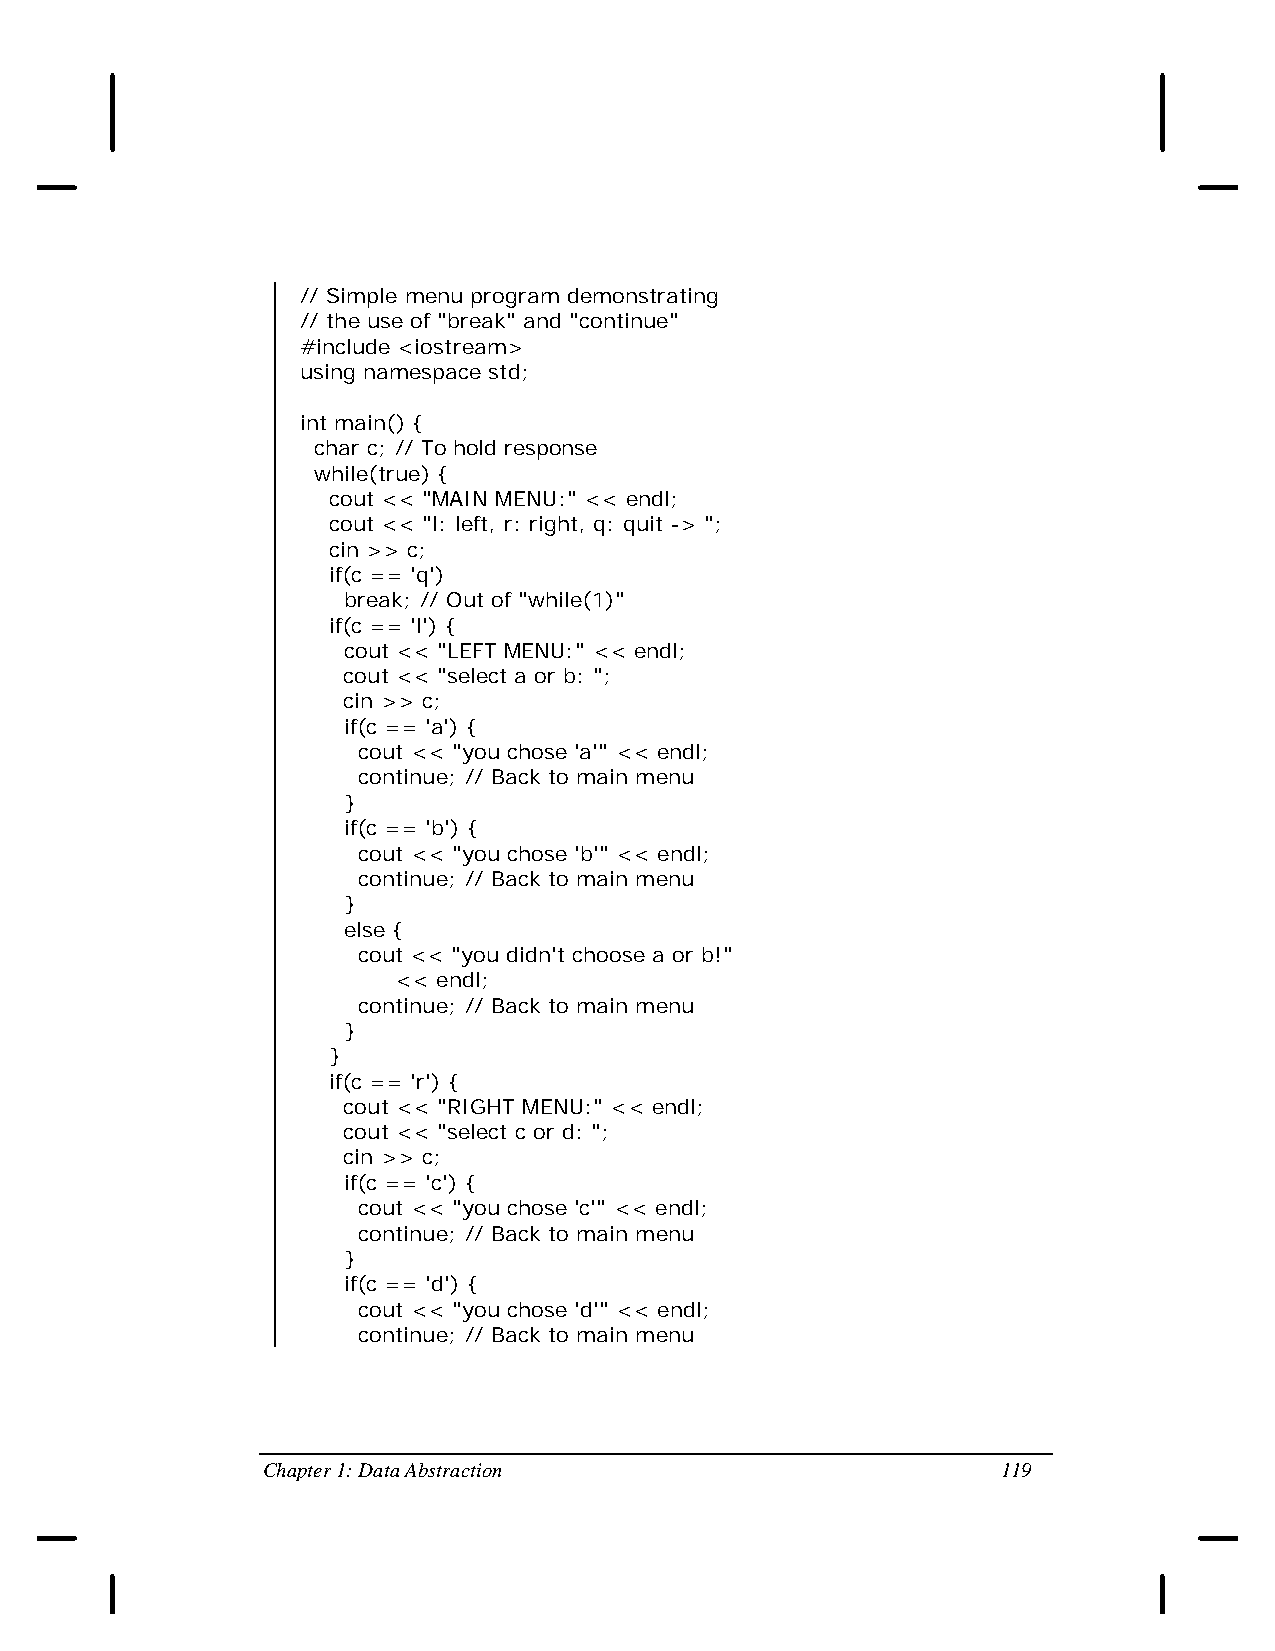
// Simple menu program demonstrating
 // the use of "break" and "continue"
 #include <iostream>
 using namespace std;
 int main() {
 char c; // To hold response
 while(true) {
 cout << "MAIN MENU:" << endl;
 cout << "l: left, r: right, q: quit -> ";
 cin >> c;
 if(c == 'q')
 break; // Out of "while(1)"
 if(c == 'l') {
 cout << "LEFT MENU:" << endl;
 cout << "select a or b: ";
 cin >> c;
 if(c == 'a') {
 cout << "you chose 'a'" << endl;
 continue; // Back to main menu
 }
 if(c == 'b') {
 cout << "you chose 'b'" << endl;
 continue; // Back to main menu
 }
 else {
 cout << "you didn't choose a or b!"
 << endl;
 continue; // Back to main menu
 }
 }
 if(c == 'r') {
 cout << "RIGHT MENU:" << endl;
 cout << "select c or d: ";
 cin >> c;
 if(c == 'c') {
 cout << "you chose 'c'" << endl;
 continue; // Back to main menu
 }
 if(c == 'd') {
 cout << "you chose 'd'" << endl;
 continue; // Back to main menu
 Chapter 1: Data Abstraction                      119